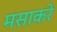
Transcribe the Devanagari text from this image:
मसाकरे